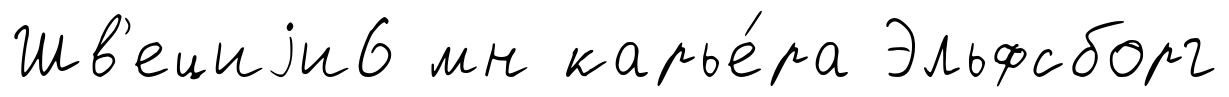
Шв'ециjи6 мн карье́ра Эльфсборг